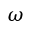
\omega